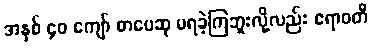
အနှစ် ၄၀ ကျော် စာပေဆု မရခဲ့ကြဘူးလို့လည်း ဧရာဝတီ